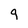
Character: g